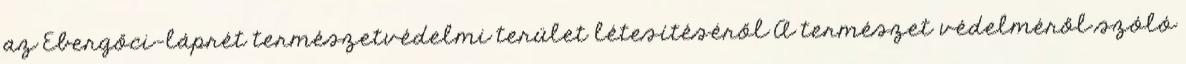
az Ebergőci-láprét természetvédelmi terület létesítéséről A természet védelméről szóló